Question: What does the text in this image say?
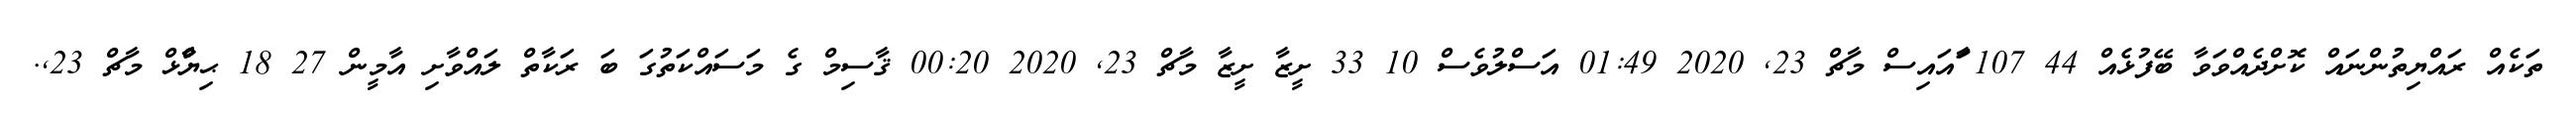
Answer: ތަކެއް ރައްޔިތުންނައް ކޮށްދެއްވަވާ ބޭފުޅެއް 44 107 ާައައިސް މާޗް 23, 2020 01:49 އަސްލުވެސް 10 33 ށީޒާ ށީޒާ މާޗް 23, 2020 00:20 ޤާސިމް ގެ މަސައްކަތުގަ ބަ ރަކާތް ލައްވާށި އާމީން 27 18 ޙިޔާާްްޅް މާޗް 23,.